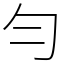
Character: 勻